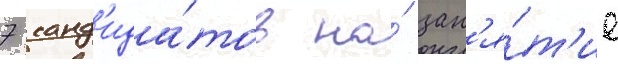
7 канд'ида́тов на́ зан'я́т'ие